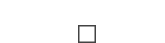
"